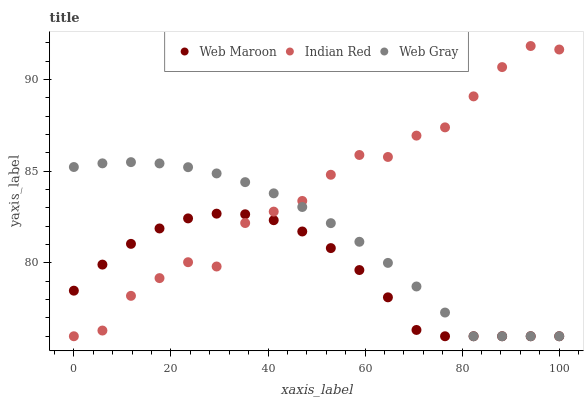
| xaxis_label | Web Maroon | Indian Red | Web Gray |
 | --- | --- | --- | --- |
 | 0 | 78.5 | 76 | 85.2 |
 | 5.88 | 79.9 | 76.3 | 85.4 |
 | 11.8 | 81 | 78.2 | 85.5 |
 | 17.6 | 81.9 | 79.2 | 85.4 |
 | 23.5 | 82.4 | 80 | 85.2 |
 | 29.4 | 82.7 | 79.8 | 84.9 |
 | 35.3 | 82.7 | 82.2 | 84.4 |
 | 41.2 | 82.3 | 82.8 | 83.8 |
 | 47.1 | 81.7 | 83.4 | 83 |
 | 52.9 | 80.8 | 84.8 | 82.2 |
 | 58.8 | 79.6 | 85.9 | 81.2 |
 | 64.7 | 78.1 | 85.8 | 80 |
 | 70.6 | 76.3 | 86.9 | 78.7 |
 | 76.5 | 76 | 87.4 | 77.3 |
 | 82.4 | 76 | 89.1 | 76 |
 | 88.2 | 76 | 90.7 | 76 |
 | 94.1 | 76 | 91.8 | 76 |
 | 100 | 76 | 91.6 | 76 |